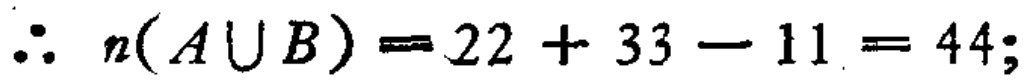
\(\therefore n(A\cup B)=22 + 33 - 11 = 44;\)